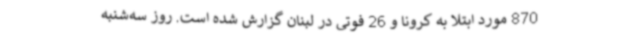
870 مورد ابتلا به کرونا و 26 فوتی در لبنان گزارش شده است. روز سه‌شنبه